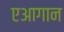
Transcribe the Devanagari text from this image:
एआगान